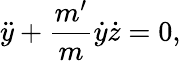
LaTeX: \ddot{y}+\frac{m^{\prime}}{m}\dot{y}\dot{z}=0,